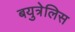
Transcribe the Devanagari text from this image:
बयुत्रेलिस